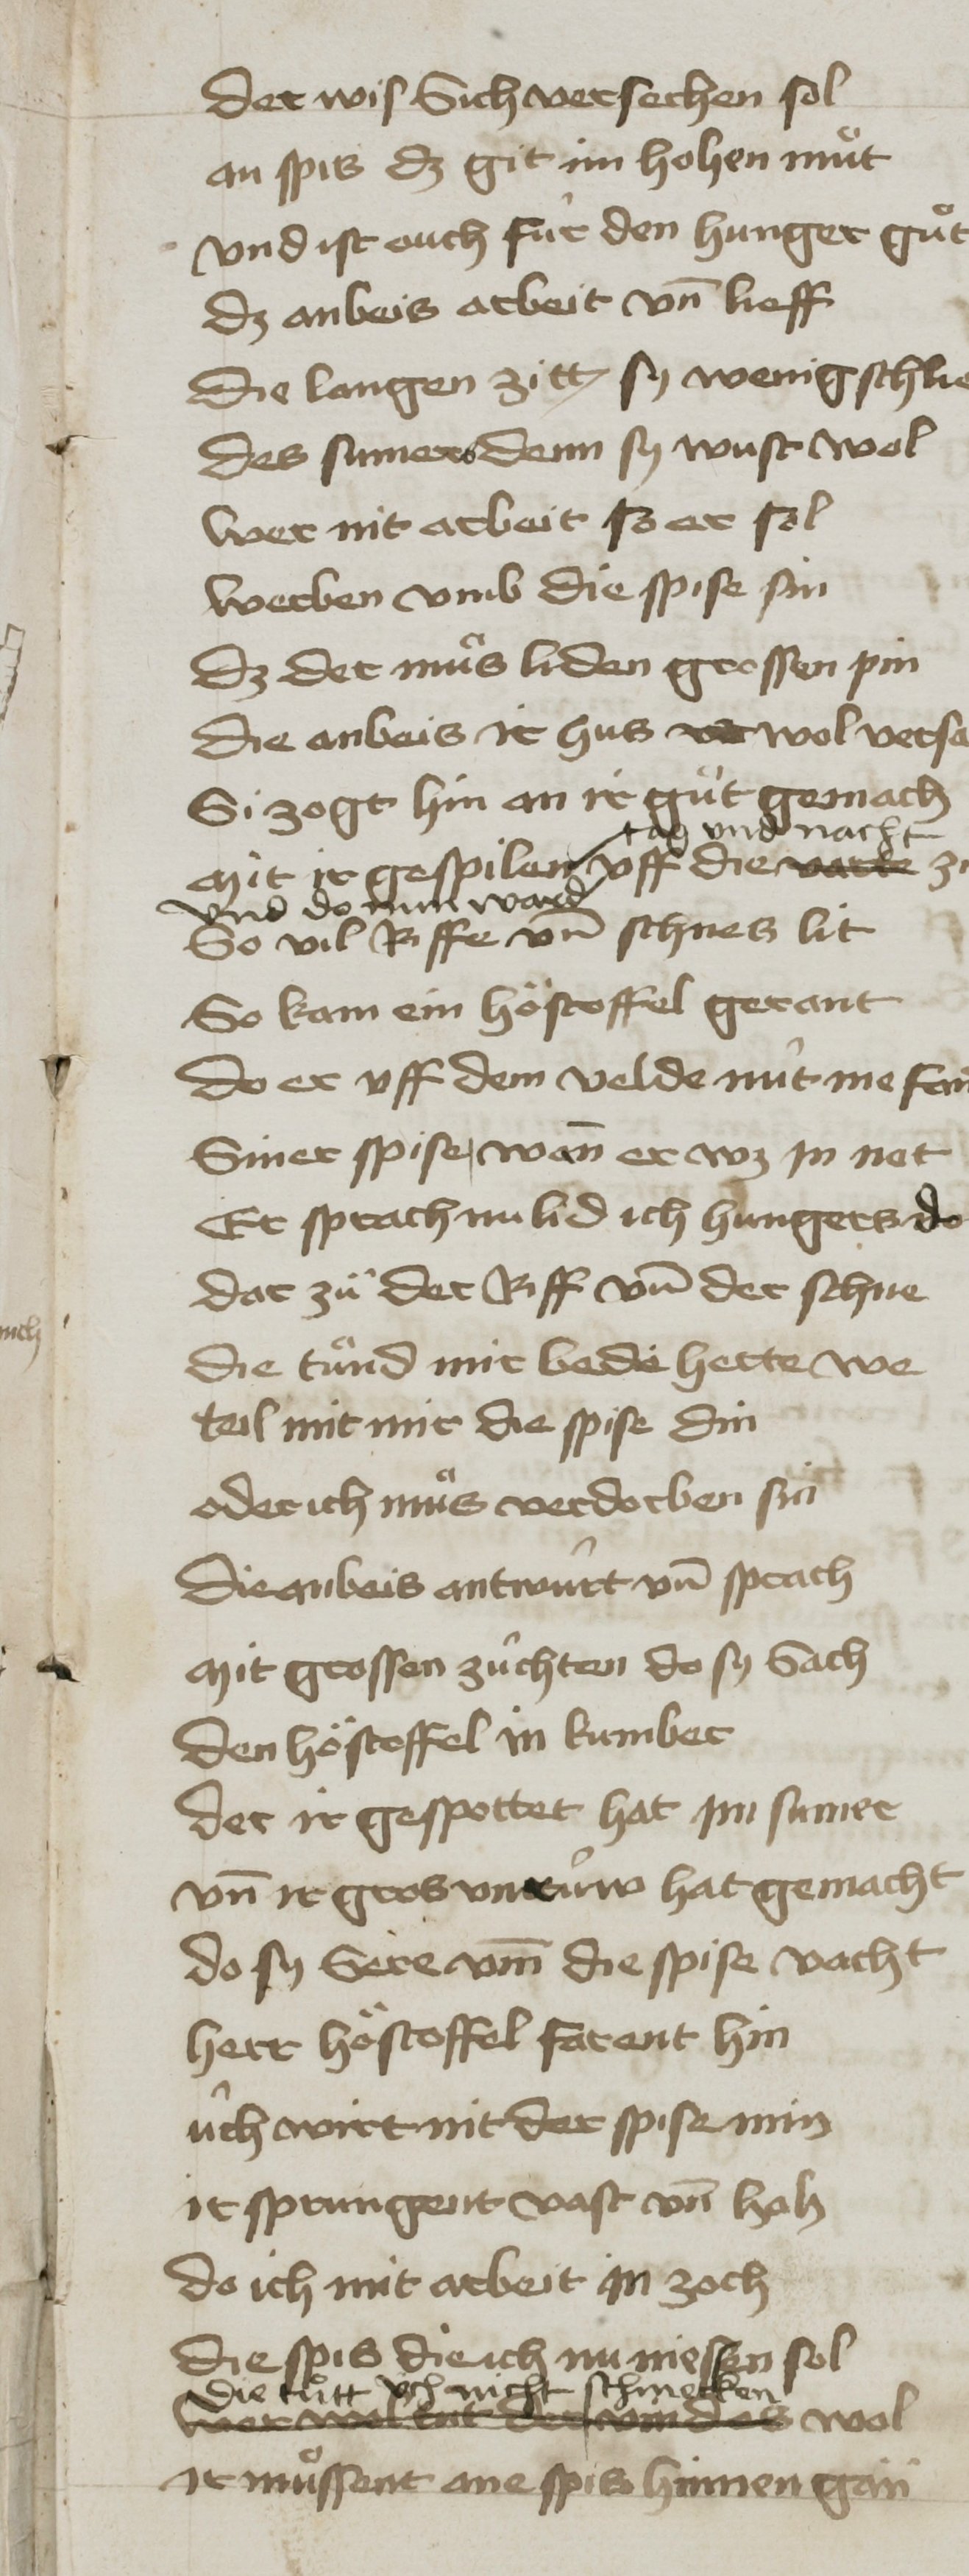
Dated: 1400–1499